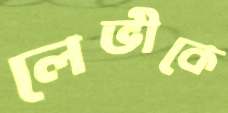
লেভীকে